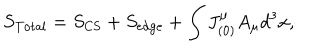
LaTeX: S _ { \mathrm { T o t a l } } = S _ { \mathrm { C S } } + S _ { \mathrm { e d g e } } + \int J _ { ( 0 ) } ^ { \mu } A _ { \mu } d ^ { 3 } x ,